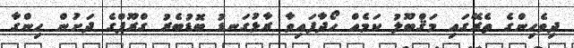
ދިވެހިންގެ ތެރޭގައި މަޤްބޫލު ކަމެއް ހޯދާފައިވާ ރާޅުގަނޑު ބޮޑުބެރު ގްރޫޕްގެ ދަށުން ހިންގާ